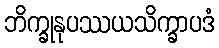
ဘိက္ခုနုပဿယသိက္ခာပဒံ